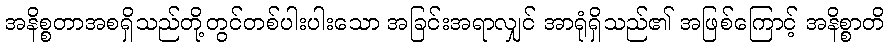
အနိစ္စတာအစရှိသည်တို့တွင်တစ်ပါးပါးသော အခြင်းအရာလျှင် အာရုံရှိသည်၏ အဖြစ်ကြောင့် အနိစ္စာတိ